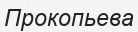
Прокопьева